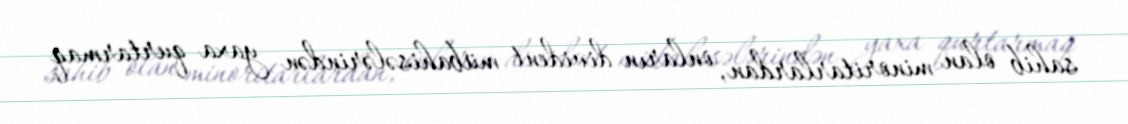
sahib olan minoritarlardan, onların divident mübahisələrindən yaxa qurtarmaq